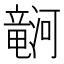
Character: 𪷹